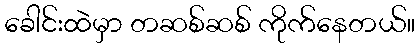
ခေါင်းထဲမှာ တဆစ်ဆစ် ကိုက်နေတယ်။